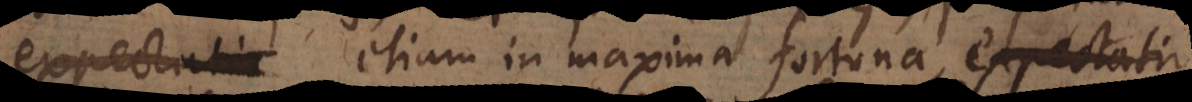
expectatio etiam in maxima fortuna, expectatio